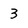
Character: 3